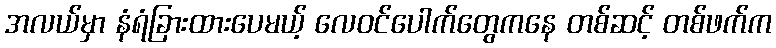
အလယ်မှာ နံရံခြားထားပေမယ့် လေဝင်ပေါက်တွေကနေ တစ်ဆင့် တစ်ဖက်က